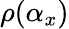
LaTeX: \rho(\alpha_{x})